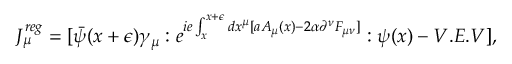
J _ { \mu } ^ { r e g } = [ \bar { \psi } ( x + \epsilon ) \gamma _ { \mu } : e ^ { i e \int _ { x } ^ { x + \epsilon } d x ^ { \mu } [ a A _ { \mu } ( x ) - 2 \alpha \partial ^ { \nu } F _ { \mu \nu } ] } : \psi ( x ) - V . E . V ] ,